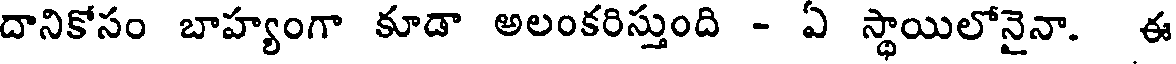
దానికోసం బాహ్యంగా కూడా అలంకరిస్తుంది - ఏ స్థాయిలోనైనా. ఈ